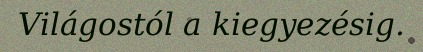
Világostól a kiegyezésig.